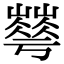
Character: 𡾀